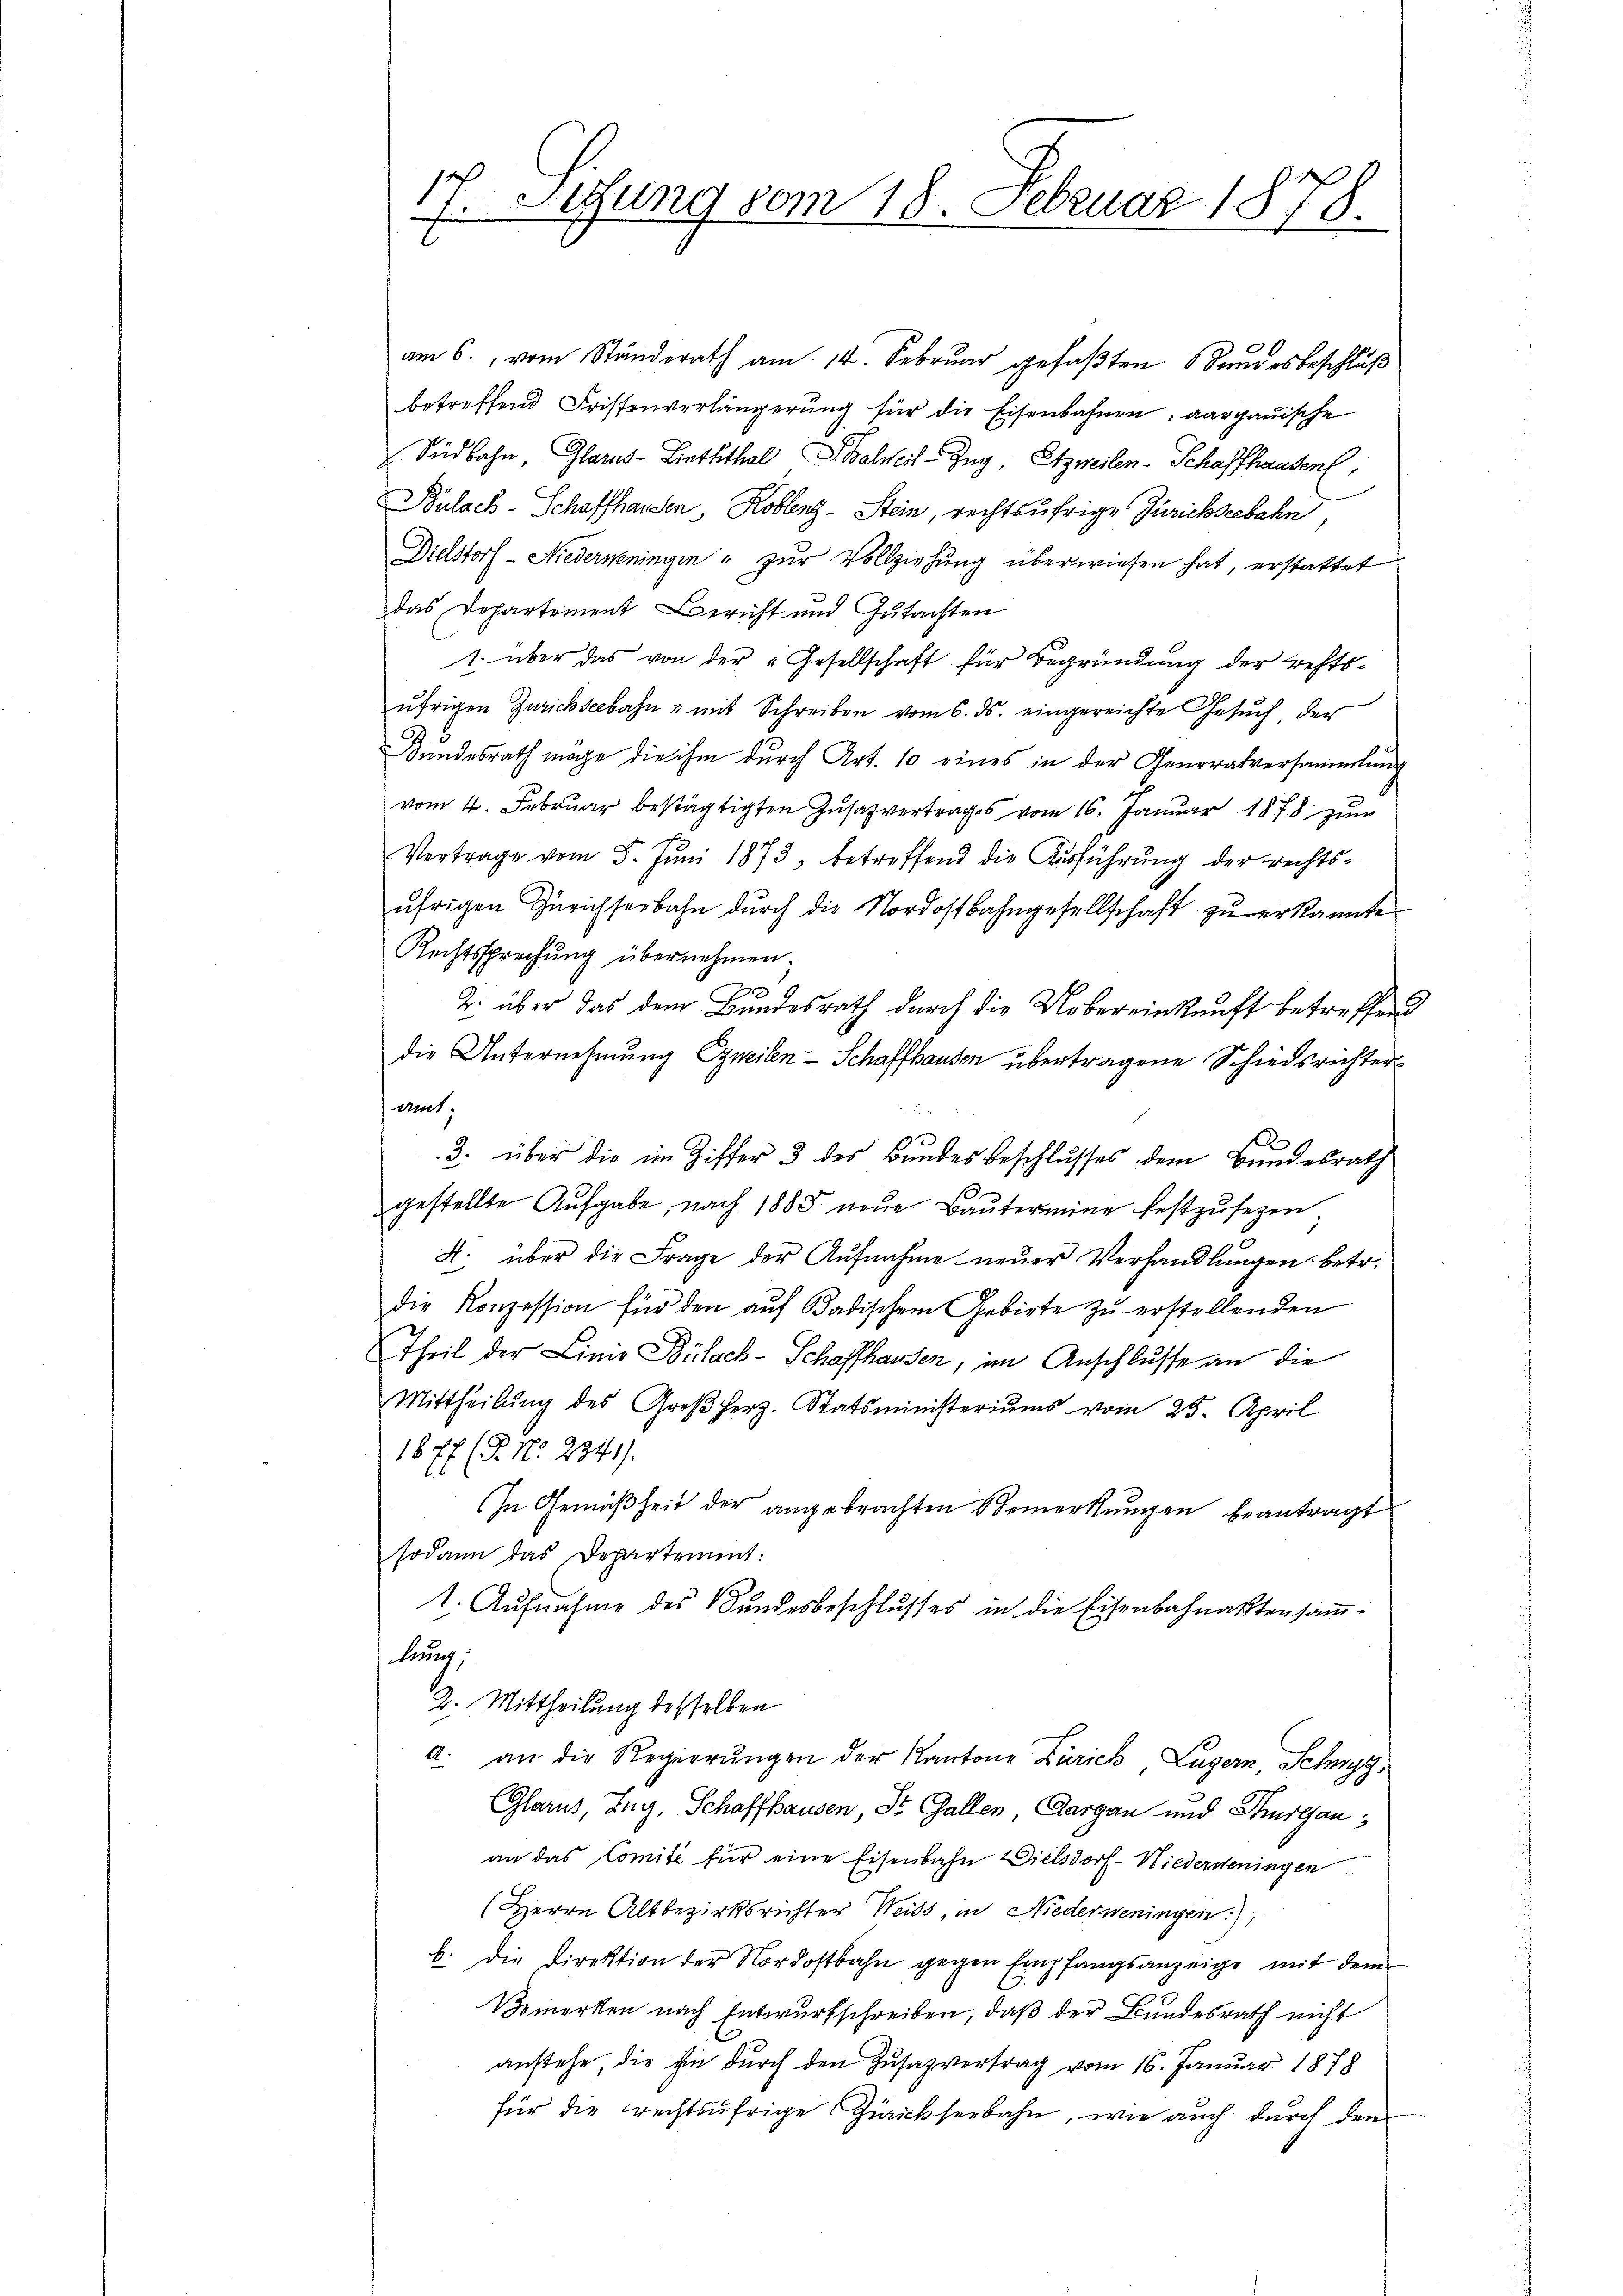
1
 Setzung vom 18. Februar 1878.

am 6. vom Ständerath am 14. Februar gefaßten Bundesbeschluß
betreffend Fristenverlängerŭng für die Eisenbahnen: aargauische
Südbahn, Glarus-Linththal alweil-Zug, Etzweilen-Schaffhausen,
Bulach-Schaffhausen, Koblenz-Stein, rechtsufrige Zürichseebahn,
Dielstorf-Niederweningen " zur Vollziehung überwiesen hat, erstattet
das Departement Bericht und Gutachten
1. über das von der „Gesellschaft für Begründung der rechtsufrigen Zurichseebahn u mit Schreiben vom 6. ds. eingereichte Gesŭch der
Bundesrath möge die ihm durch Art. 10 eines in der Generalversammlung
vom 4. Februar bestätigten Zusatzvertrages vom 16. Januar 1878 zum
Vertrage vom 5. Juni 1873, betreffend die Ausführung der rechts-
ŭfrigen Zürichseebahn dŭrch die Nordostbahngesellschaft zŭ erkannte
Rechtssprechung übernehmen.
3
2. über das dem Bundesrath durch die Uebereinkunft betreffend
die Unternehmung zweilen - Schaffhausen übertragene Schiedsrichter
ant.
3. über die im Ziffer 3 des Bundesbeschlusses dem Bundesrath
3
gestellte Aufgabe, nach 1885 neue Bautermine festzusezen
A. über die Frage der Aŭfnahme neŭer Verhandlŭngen betr.
die Konzession für den aŭf Badischem Gebirte zŭ erstellenden
Theil der Linie Bülach-Schaffhausen, im Anschlusse an die
Mittheilŭng des Großherz. Statsministeriums vom 25. April
1877 (P. Nr. 2341).
In Gemäßheit der angebrachten Bemerkungen beantragt
sodann das Departement:
1. Aŭfnahme des Sandesbeschlusses in die Eisenbahnaktensam-
lurich,
2. Mittheilung desselben
d. an die Regierŭngen der Kantone Zürich Luzern, Schwyz,
Glarus, Zug, Schaffhausen, Dr. Gallen, Aargau und Thurgau,
an das Comité für eine Eisenbahn Dielsdorf-Niederseningen
(Herrn Altbezirksrichter Weiss, in Niederweningen);
b. die Direktion der Nordostbahn gegen Empfangsanzeige mit dem
Bemerken nach Entwurfschreiben, daß der Bundesrath nicht
anstehe, die in durch den Zusazvertrag vom 16. Januar 1878
für die rechtsufrige Zürichseebahn, wie auch durch den